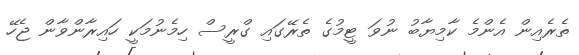
ތެރެއިން އެންމެ ކާމިޔާބު ނުވަ ޓީމުގެ ތެރޭގައި ގްރީސް ހިމެނުމަކީ ހައިރާންވާން ޖެހޭ